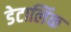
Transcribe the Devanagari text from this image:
डेटालिंक